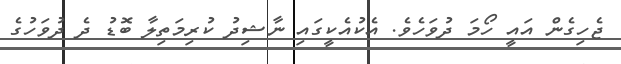
ޖެހިގެން އައީ ހޯމަ ދުވަހެވެ. އެކުއެކީގައި ނާޝިދު ކުރިމަތިލާ ބޮޑު ދެ ދުވަހުގެ